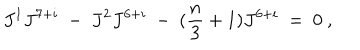
J ^ { 1 } J ^ { 7 + i } \ - \ J ^ { 2 } J ^ { 6 + i } \ - \ ( { \frac { n } { 3 } } + 1 ) J ^ { 6 + i } \ = \ 0 \ ,